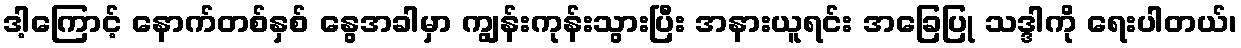
ဒါ့ကြောင့် နောက်တစ်နှစ် နွေအခါမှာ ကျွန်းကုန်းသွားပြီး အနားယူရင်း အခြေပြု သဒ္ဒါကို ရေးပါတယ်၊